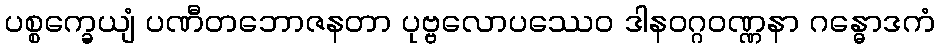
ပစ္စက္ခေယျံ ပဏီတဘောဇနတာ ပုဗ္ဗလောပဿေဝ ဒါနဝဂ္ဂဝဏ္ဏနာ ဂန္ဓောဒကံ